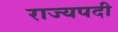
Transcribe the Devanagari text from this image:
राज्यपदी